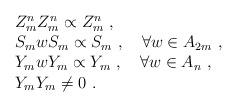
LaTeX: \begin{align*}\begin{array}{rcl}& &Z^n_m Z^n_m\propto Z^n_m~,\\& &S_m w S_m\propto S_m~,~~~ \forall w \in A_{2m}~,\\& &Y_m w Y_m\propto Y_m~,~~~ \forall w \in A_n~,\\& &Y_m Y_m\not=0~.\end{array}\end{align*}